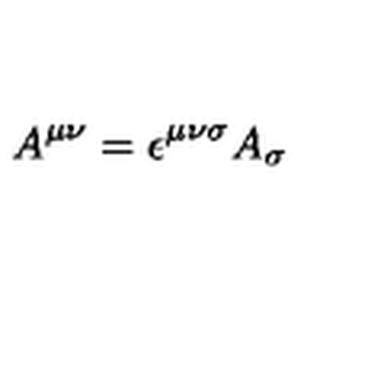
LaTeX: A ^ { \mu \nu } = \epsilon ^ { \mu \nu \sigma } A _ { \sigma }